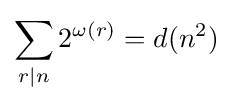
\sum _{r\mid n}2^{\omega (r)}=d(n^{2})